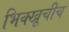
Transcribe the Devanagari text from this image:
भिक्खूचीच